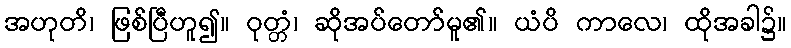
အဟုတိ၊ ဖြစ်ပြီဟူ၍။ ဝုတ္တံ၊ ဆိုအပ်တော်မူ၏။ ယံပိ ကာလေ၊ ထိုအခါ၌။